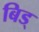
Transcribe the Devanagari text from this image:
बिड्